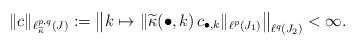
LaTeX: \begin{align*} \| c \|_{\ell^{p,q}_{\widetilde{\kappa}}(J)} := \left\| k \mapsto \|\widetilde{\kappa}(\bullet,k) \, c_{\bullet,k} \|_{\ell^{p}(J_1)} \right\|_{\ell^{q}(J_2)} < \infty.\end{align*}